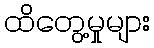
ထိတွေ့မှုများ